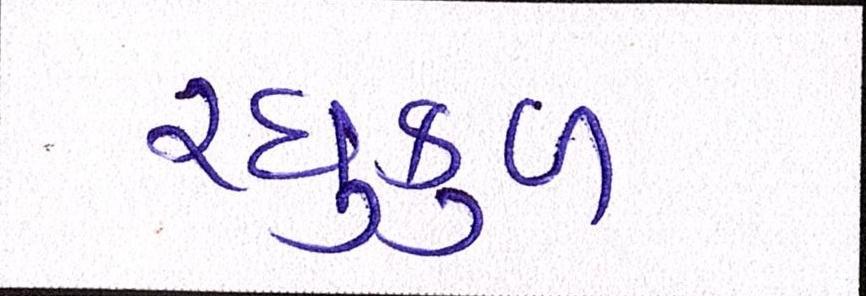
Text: રઘુકુળ